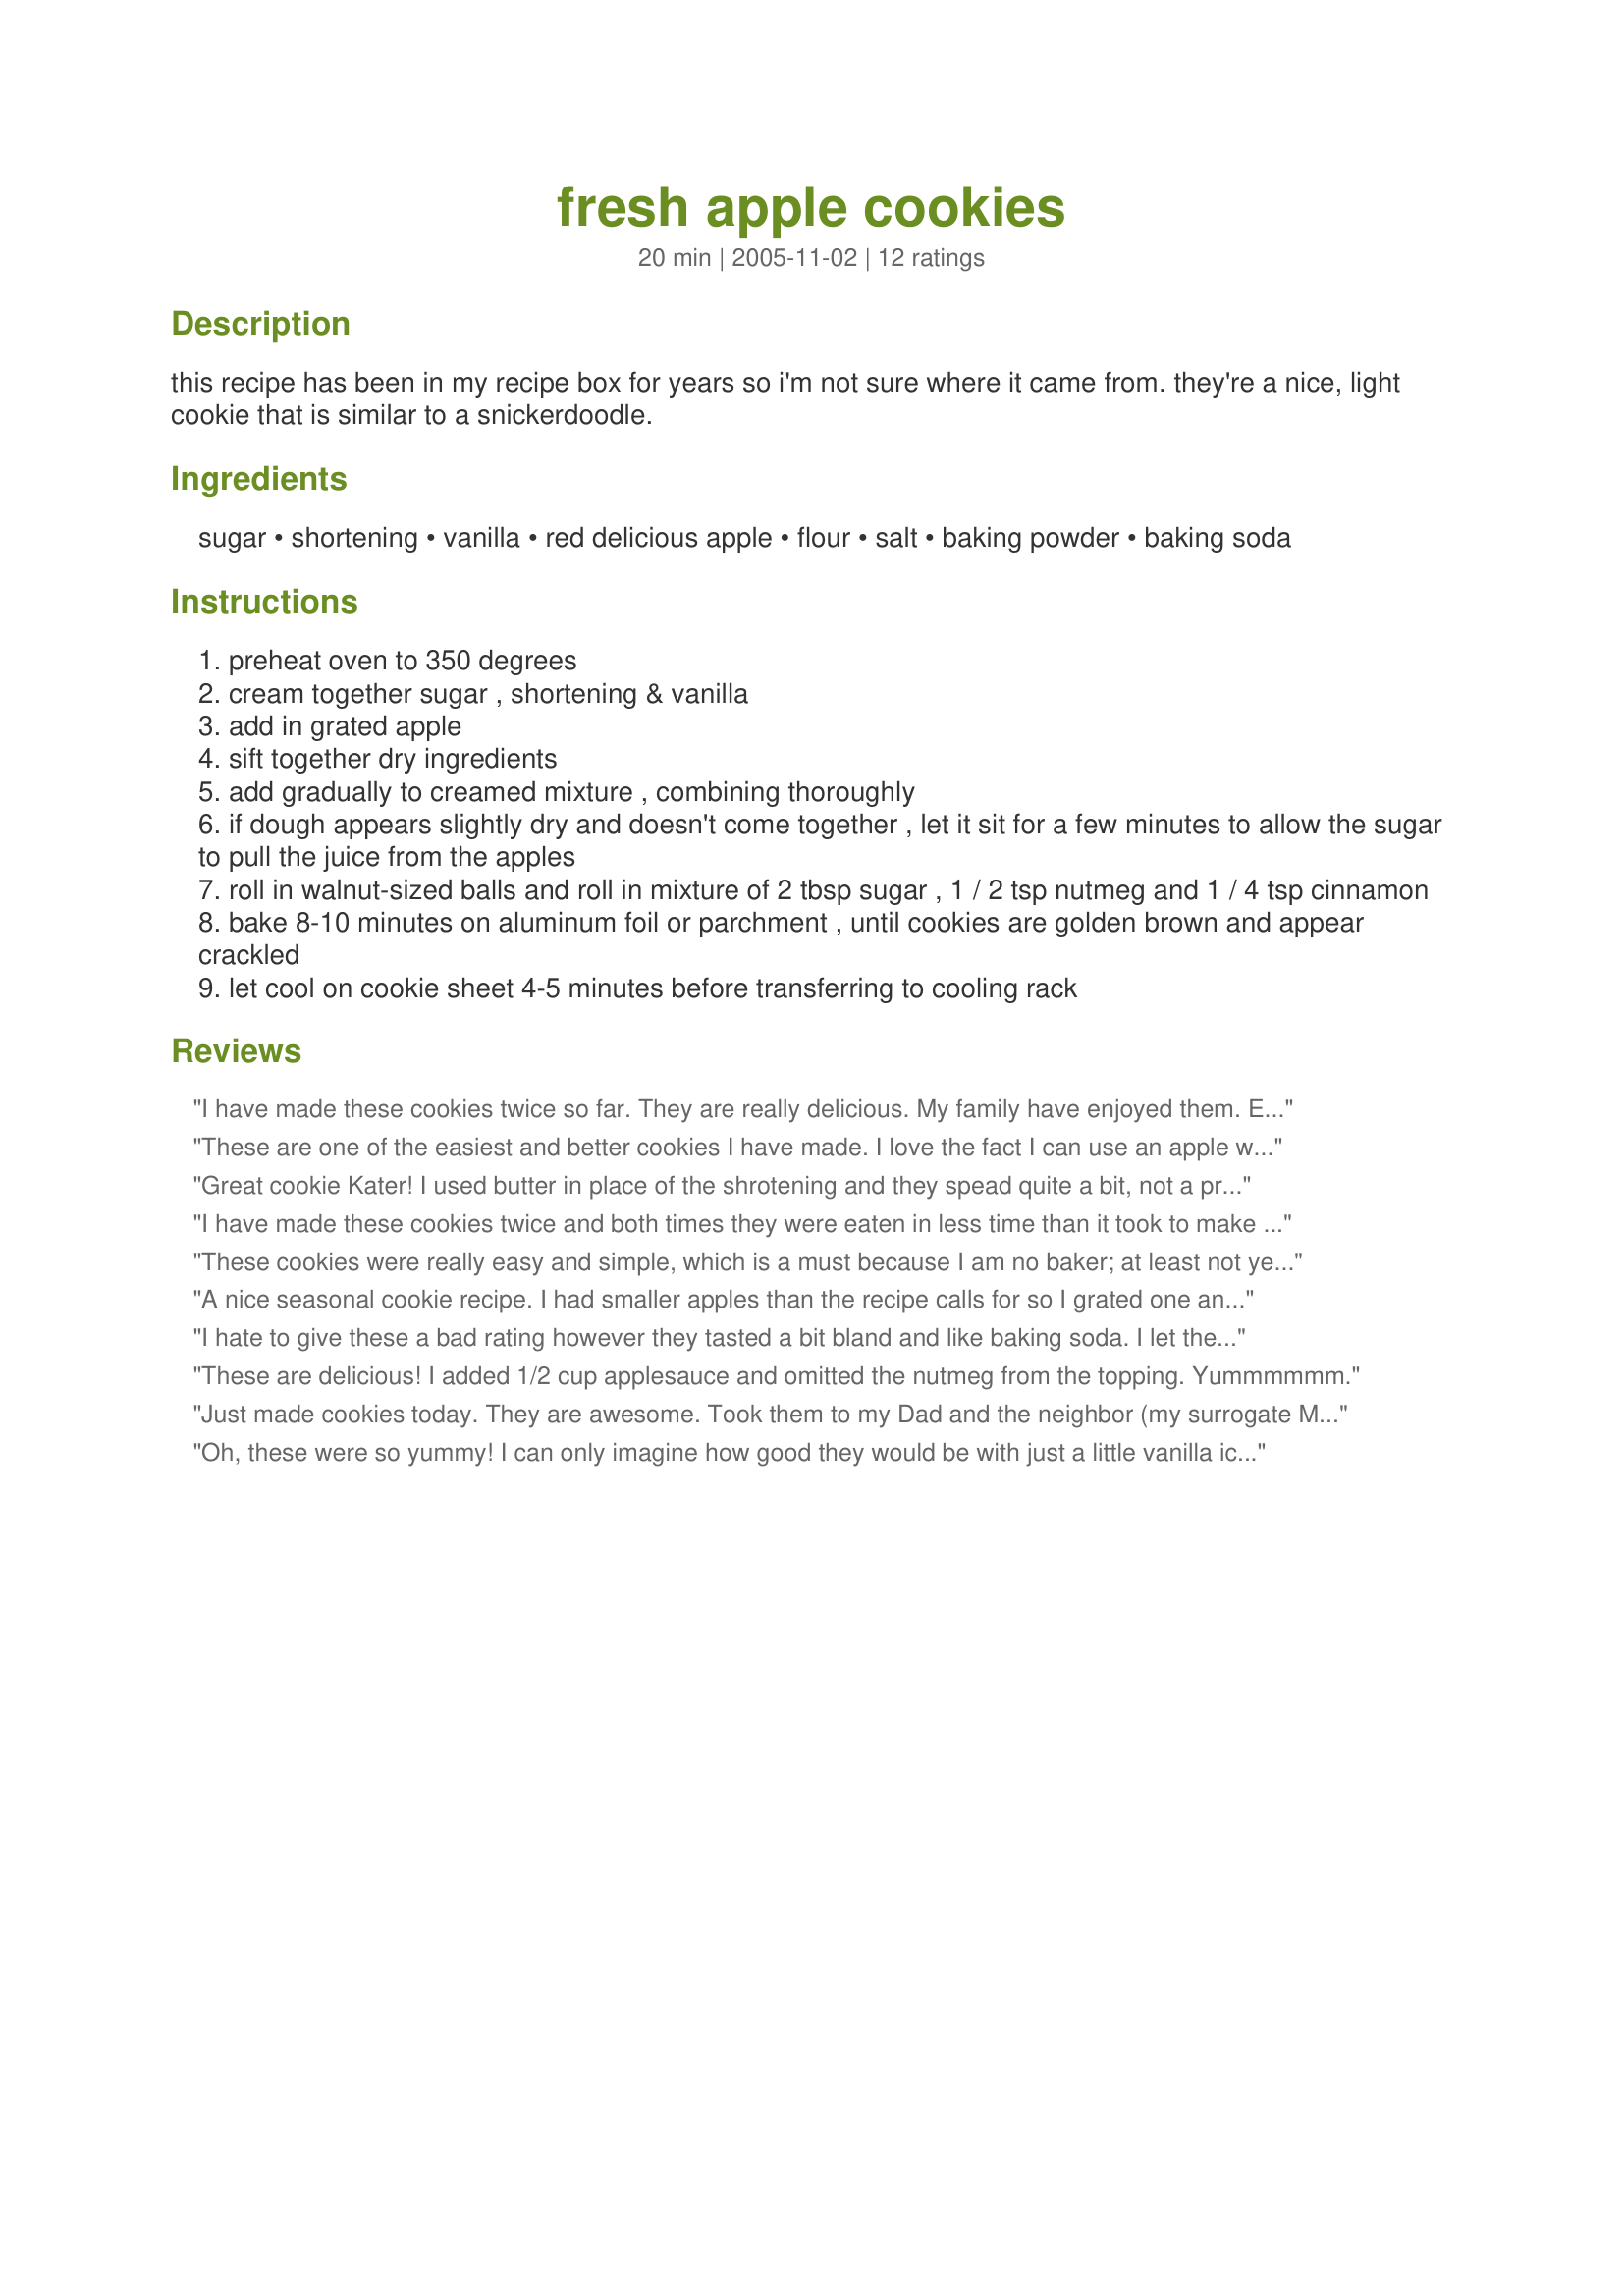
fresh apple cookies
Preparation time: 20 minutes

this recipe has been in my recipe box for years so i'm not sure where it came from. they're a nice, light cookie that is similar to a snickerdoodle.

Ingredients:
sugar, shortening, vanilla, red delicious apple, flour, salt, baking powder, baking soda

Steps:
preheat oven to 350 degrees
cream together sugar , shortening & vanilla
add in grated apple
sift together dry ingredients
add gradually to creamed mixture , combining thoroughly
if dough appears slightly dry and doesn't come together , let it sit for a few minutes to allow the sugar to pull the juice from the apples
roll in walnut-sized balls and roll in mixture of 2 tbsp sugar , 1 / 2 tsp nutmeg and 1 / 4 tsp cinnamon
bake 8-10 minutes on aluminum foil or parchment , until cookies are golden brown and appear crackled
let cool on cookie sheet 4-5 minutes before transferring to cooling rack

Reviews:
I have made these cookies twice so far. They are really delicious. My family have enjoyed them. Easy to make and bake. Thank you for the recipe.
These are one of the easiest and better cookies I have made. I love the fact I can use an apple without brown sugar and the spices in the cookie itself!
Great cookie Kater! I used butter in place of the shrotening and they spead quite a bit, not a problem my DS took them home with him and devoured all of them! thanks for sharing hon!...Kitten
I have made these cookies twice and both times they were eaten in less time than it took to make them! The first time I made them I followed the recipe exactly, the second time I added cinnamon baking chips to the batter. Needless to say, these have quickly become a family favorite! Thanks for sharing!
These cookies were really easy and simple, which is a must because I am no baker; at least not yet! The only thing to watch is that they easily overcook, so take them out before you really think they are done. They will still be soft, but when you touch the top you will feel a bit of a hardened crust. When cooked properly, they are crisp on the outside and chewy on the inside. Some I overcooked and they were still nice and chewy, but the bottoms burned. My husband asked for BIG cookies, so I made a few really large size. I sort of flattened those and they came out very well, but they did not develop the characteristic crack. I also do not know why some bakers left the nutmeg out of the topping since that was awesome. My husband still cannot believe I made these from scratch, heh heh heh.
A nice seasonal cookie recipe. I had smaller apples than the recipe calls for so I grated one and half. I also threw in some raisins, they were really good with it. They turned out really moist and chewy! I'll definitely make these again!
I hate to give these a bad rating however they tasted a bit bland and like baking soda. I let the batter sit for a few days and that flavor disapeared ... however they were still bland. I added the mixture to roll them in the mixture as well as a tsp of apple pie spice. I also added pecans. I then rolled them in another mixture and baked as directed ...pretty good
These are delicious! I added 1/2 cup applesauce and omitted the nutmeg from the topping. Yummmmmm.
Just made cookies today. They are awesome. Took them to my Dad and the neighbor (my surrogate Mom)..."best cookies I ever ate". The only thing I did different was to drizzle a caramel icing over them to add the caramel flavor...awesome. Will definitely add them to my holiday and everyday recipes...especially in "apple season".
Oh, these were so yummy! I can only imagine how good they would be with just a little vanilla ice cream. These were very easy to make. The dough was a bit soft but very easy to work with. I used Crisco, and while the cookies spread a little bit, they didn't 'overspread' as Kittencal commented on with the butter. They cooked up nicely and turned into a soft almost chewy cookie. The sugar, cinnamon, and nutmeg was perfect. So good! I baked mine for about 13 minutes and ended up with 26 devine cookies.
I can barely bake anything, but I love making this recipe because it is so simple, quick and easy to make! It&#039;s very yummy, a good way to use up apples (I have used green apples as well) and it makes for a great gluten free cookie too!
What a yummy cookie! I had plenty of "taste" in mine, and they were very soft and moist. I did have to add more flour, since I was having problems with my dough being too wet and not rollable. I only rolled mine in sugar and cinnamon. I will def. be keeping this in my cookie recipe box! Thanks!
